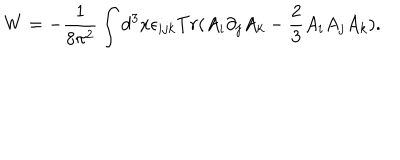
W = - \frac { 1 } { 8 \pi ^ { 2 } } \int d ^ { 3 } x \epsilon _ { i j k } T r ( A _ { i } \partial _ { j } A _ { k } - \frac { 2 } { 3 } A _ { i } A _ { j } A _ { k } ) .